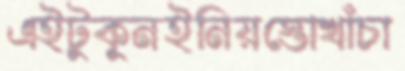
এইটুকুনইনিয়স্তোখাঁচা